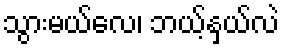
သွားမယ်လေ၊ ဘယ့်နှယ်လဲ